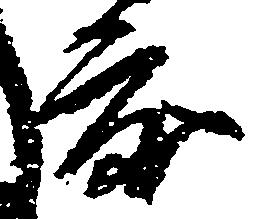
度